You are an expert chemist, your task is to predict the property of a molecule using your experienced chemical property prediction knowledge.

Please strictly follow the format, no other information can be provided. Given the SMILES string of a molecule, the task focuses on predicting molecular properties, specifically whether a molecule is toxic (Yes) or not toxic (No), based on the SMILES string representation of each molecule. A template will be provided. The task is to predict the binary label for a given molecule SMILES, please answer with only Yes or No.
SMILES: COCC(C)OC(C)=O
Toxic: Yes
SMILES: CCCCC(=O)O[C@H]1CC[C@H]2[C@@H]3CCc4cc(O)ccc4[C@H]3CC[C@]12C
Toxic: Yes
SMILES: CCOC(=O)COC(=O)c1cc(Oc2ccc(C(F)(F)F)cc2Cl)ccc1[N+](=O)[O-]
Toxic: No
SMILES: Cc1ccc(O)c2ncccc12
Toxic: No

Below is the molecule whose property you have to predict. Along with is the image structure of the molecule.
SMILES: Cc1ccc(S(=O)(=O)NC(=O)NC2CCCCC2)cc1
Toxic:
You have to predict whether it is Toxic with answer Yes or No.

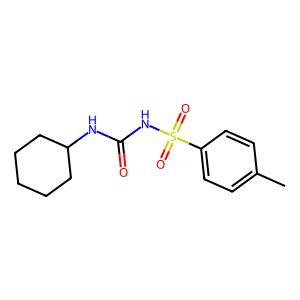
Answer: No